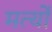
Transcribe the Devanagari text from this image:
मर्त्यों